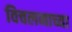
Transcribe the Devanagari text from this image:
विचलनाच्या